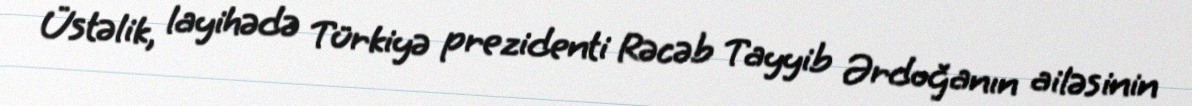
Üstəlik, layihədə Türkiyə prezidenti Rəcəb Tayyib Ərdoğanın ailəsinin